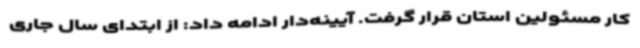
کار مسئولین استان قرار گرفت. آیینه‌دار ادامه داد: از ابتدای سال جاری